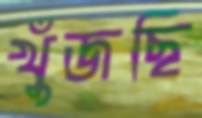
খুঁজছি